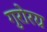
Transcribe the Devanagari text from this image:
गुरोरग्र